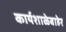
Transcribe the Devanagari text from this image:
कार्यशाळेबाहेर